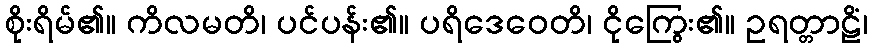
စိုးရိမ်၏။ ကိလမတိ၊ ပင်ပန်း၏။ ပရိဒေဝေတိ၊ ငိုကြွေး၏။ ဥရတ္တာဠိံ၊